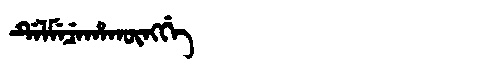
Manchu: ᡩᡝᠯᠮᡝᠴᡝᡥᠠᡴᡡᠩᡤᡝ
Romanization: DELMECEHAKŪNGGE